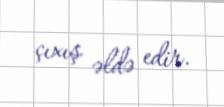
çıxış əldə edir.